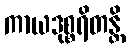
ကာယဒုစ္စရိတန္တိ